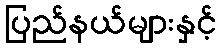
ပြည်နယ်များနှင့်